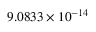
9 . 0 8 3 3 \times 1 0 ^ { - 1 4 }